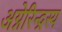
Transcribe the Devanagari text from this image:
अग्नेरिन्द्रस्य